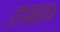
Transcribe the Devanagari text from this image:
ऱाजत॰